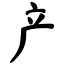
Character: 产